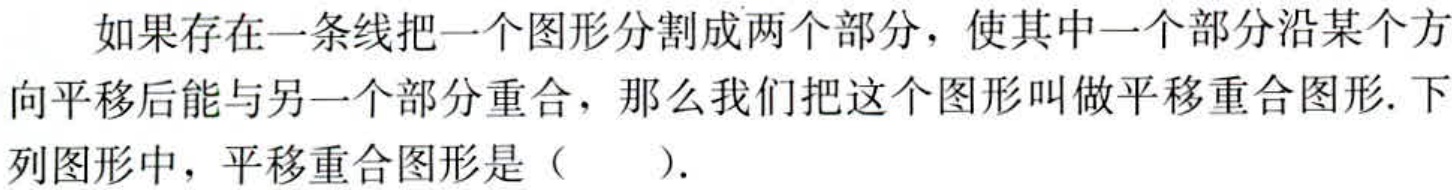
如果存在一条线把一个图形分割成两个部分，使其中一个部分沿某个方向平移后能与另一个部分重合，那么我们把这个图形叫做平移重合图形. 下列图形中，平移重合图形是（  ）.